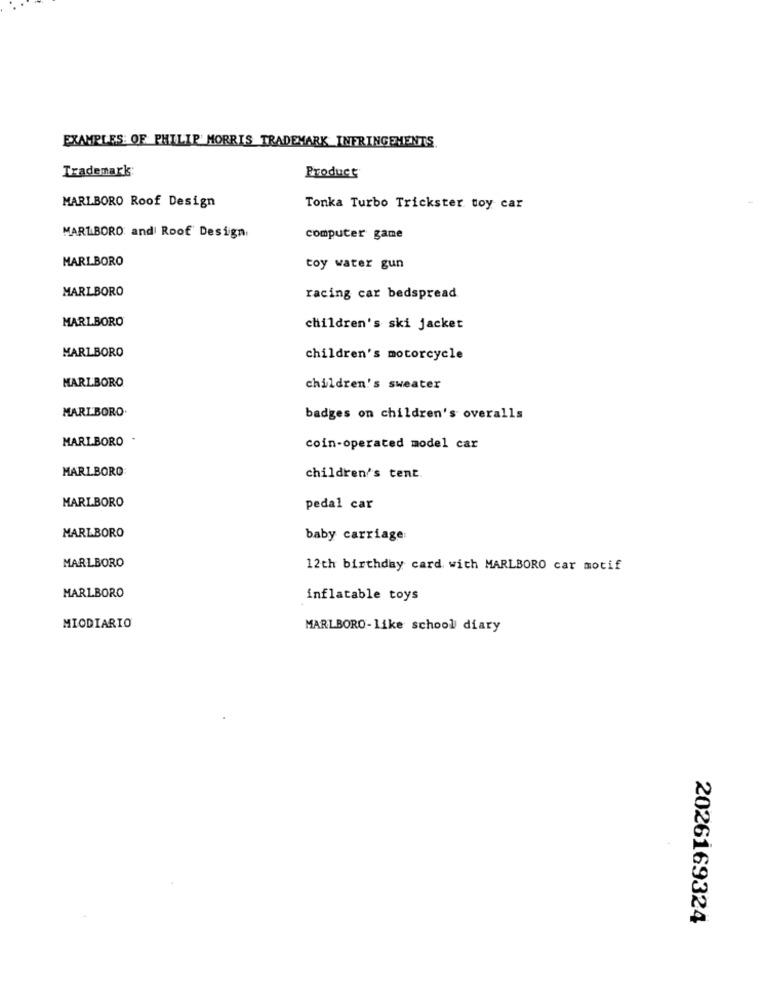
EXAMPLES: OF PHILIP MORRIS TRADEMARK INFRINGEMENTS.
Trademark:
Product
MARLBORO Roof Design
Tonka Turbo Trickster toy car
MARLBORO and Roof Design
computer game
MARLBORO
toy water gun
MARLBORO
racing car bedspread
MARLBORO
children's ski jacket
MARLBORO
children's motorcycle
MARLBORO
children's sweater
MARLBORO.
badges on children's overalls
MARLBORO
coin-operated model car
MARLBORO
children's tent
MARLBORO
pedal car
MARLBORO
baby carriage:
MARLBORO
12th birthday card with MARLBORO car motif
MARLBORO
inflatable toys
MIODIARIO
MARLBORO-like school diary
2026169324